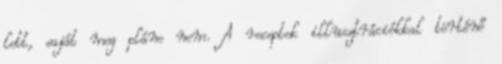
lett, saját meg pláne nem. A receptek illusztrációkkal történő